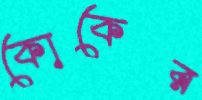
কোকের